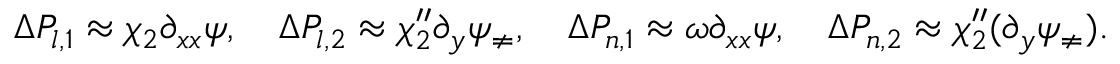
\begin{array} { r l } & { \Delta P _ { l , 1 } \approx \chi _ { 2 } \partial _ { x x } \psi , \quad \Delta P _ { l , 2 } \approx \chi _ { 2 } ^ { \prime \prime } \partial _ { y } \psi _ { \neq } , \quad \Delta P _ { n , 1 } \approx \omega \partial _ { x x } \psi , \quad \Delta P _ { n , 2 } \approx \chi _ { 2 } ^ { \prime \prime } ( \partial _ { y } \psi _ { \neq } ) . } \end{array}